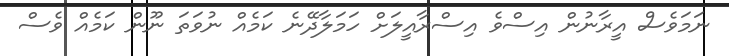
ނަމަވެސް އީރާނުން އިސްވެ އިސްރާއީލަށް ހަމަލާދޭނެ ކަމެއް ނުވަތަ ނޫން ކަމެއް ވެސް